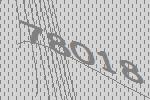
78018